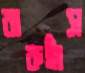
বারুহাঁস